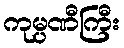
ကုမ္ပဏီကြီး